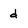
Character: d